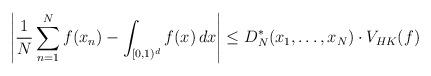
LaTeX: \begin{align*} \left|\frac{1}{N}\sum_{n=1}^Nf(x_n)-\int_{[0,1)^d}f(x)\,dx\right|\leq D_N^*(x_1,\ldots,x_N)\cdot V_{HK}(f)\end{align*}